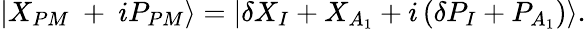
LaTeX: \left|{{X_{PM}}}\mathrm{~+~}i{{P_{PM}}}\right\rangle=\left|\delta{{X}_{I}}+X_{A_{1}}+i\left(\delta{{P}_{I}}+P_{A_{1}}\right)\right\rangle.